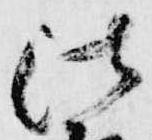
法